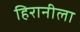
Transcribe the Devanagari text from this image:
हिरानीला